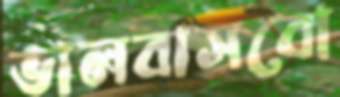
ভালবাসবো